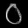
Digit: ၀